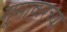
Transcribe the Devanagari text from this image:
शूमाकरच्या